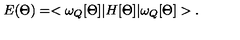
E ( \Theta ) = < \omega _ { Q } [ \Theta ] | H [ \Theta ] | \omega _ { Q } [ \Theta ] > .